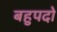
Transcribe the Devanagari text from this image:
बहुपदो